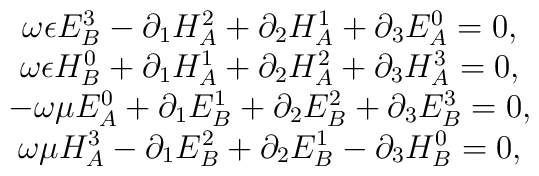
\begin{array}{c}\omega \epsilon E_B^3-\partial _1H_A^2+\partial _2H_A^1+\partial _3E_A^0=0,\\\omega \epsilon H_B^0+\partial _1H_A^1+\partial _2H_A^2+\partial _3H_A^3=0,\\-\omega \mu E_A^0+\partial _1E_B^1+\partial _2E_B^2+\partial _3E_B^3=0, \\\omega \mu H_A^3-\partial _1E_B^2+\partial _2E_B^1-\partial _3H_B^0=0,\end{array}